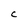
Character: C